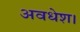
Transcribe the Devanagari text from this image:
अवधेश।